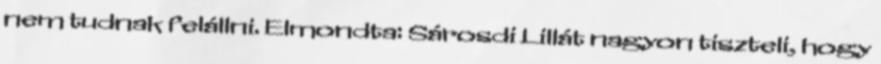
nem tudnak felállni. Elmondta: Sárosdi Lillát nagyon tiszteli, hogy